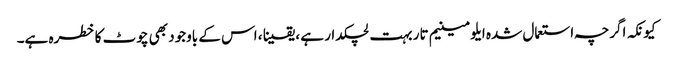
کیونکہ اگرچہ استعمال شدہ ایلومینیم تار بہت لچکدار ہے ، یقینا ، اس کے باوجود بھی چوٹ کا خطرہ ہے۔